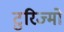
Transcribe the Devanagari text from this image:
टुरिज्मो